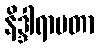
နိဒ္ဒါရာမတာ